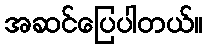
အဆင်ပြေပါတယ်။